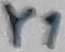
Text: Y1